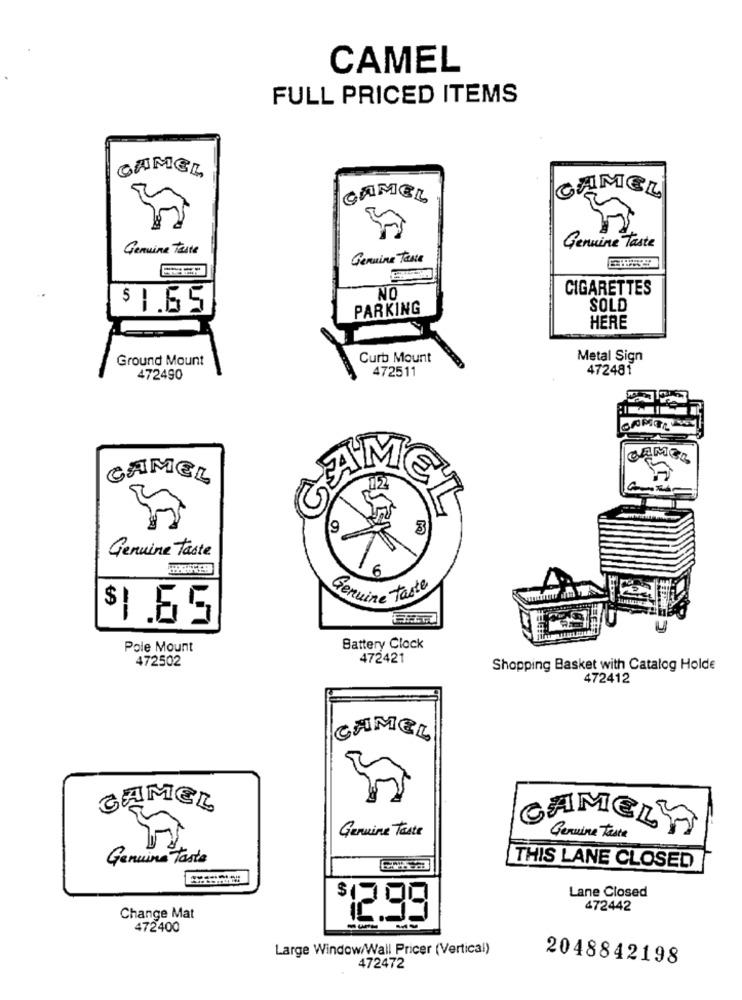
CAMEL
FULL PRICED ITEMS
CAMEL
CAMEL
CAMEL
Genuine Taste
Genuine Taste
Genuine Taste
CIGARETTES
NO
$ 1.65
PARKING
SOLD
HERE
Ground Mount
Curb Mount
Metal Sign
472511
472481
472490
CAMEL
CAMEL
CAMEL
Genuine taste
10
Genuine Taste
$1 .65
Pole Mount
Battery Clock
472502
472421
Shopping Basket with Catalog Holde
472412
CAMEL
CAMEL
Genuine Taste
CAMELY
Genuine taste
Genuine Taste
THIS LANE CLOSED
Lane Closed
$
472442
Change Mat
2.99
472400
Large Window/Wall Pricer (Vertical)
2048842198
472472